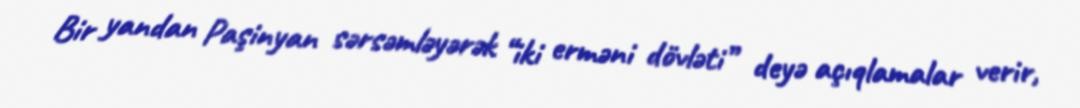
Bir yandan Paşinyan sərsəmləyərək “iki erməni dövləti” deyə açıqlamalar verir,